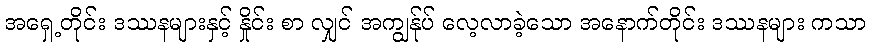
အရှေ့တိုင်း ဒဿနများနှင့် နှိုင်း စာ လျှင် အကျွန်ုပ် လေ့လာခဲ့သော အနောက်တိုင်း ဒဿနများ ကသာ